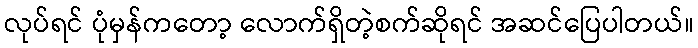
လုပ်ရင် ပုံမှန်ကတော့ လောက်ရှိတဲ့စက်ဆိုရင် အဆင်ပြေပါတယ်။